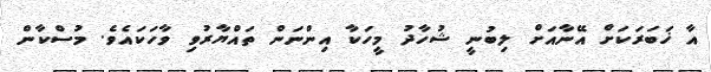
އާ ޚަބަރަކަށް އޭނާއަށް ލިބުނީ ޝުހާދު މީހަކާ އިންނަން ތައްޔާރުވި ވާހަކައެވެ. މުސްކާން